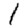
Digit: 1